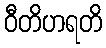
ဝီတိဟရတိ